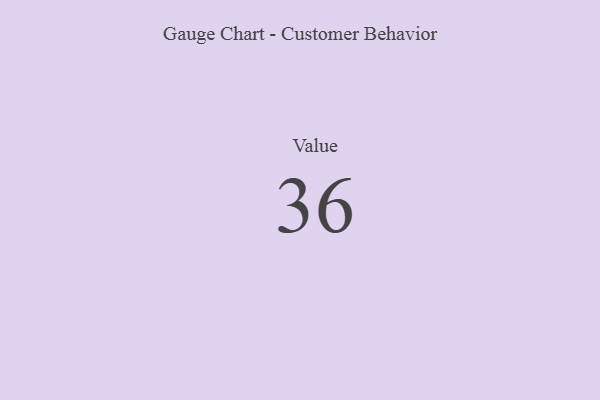
{"axis": {"x": "Metric", "y": "Value"}, "legend": [""], "data": [{"x": "Value", "y": 36, "type": ""}]}